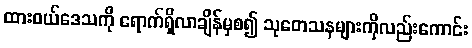
ထားဝယ်ဒေသကို ရောက်ရှိလာချိန်မှစ၍ သုတေသနများကိုလည်းကောင်း